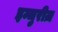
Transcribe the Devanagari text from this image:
इन्जुरीज़